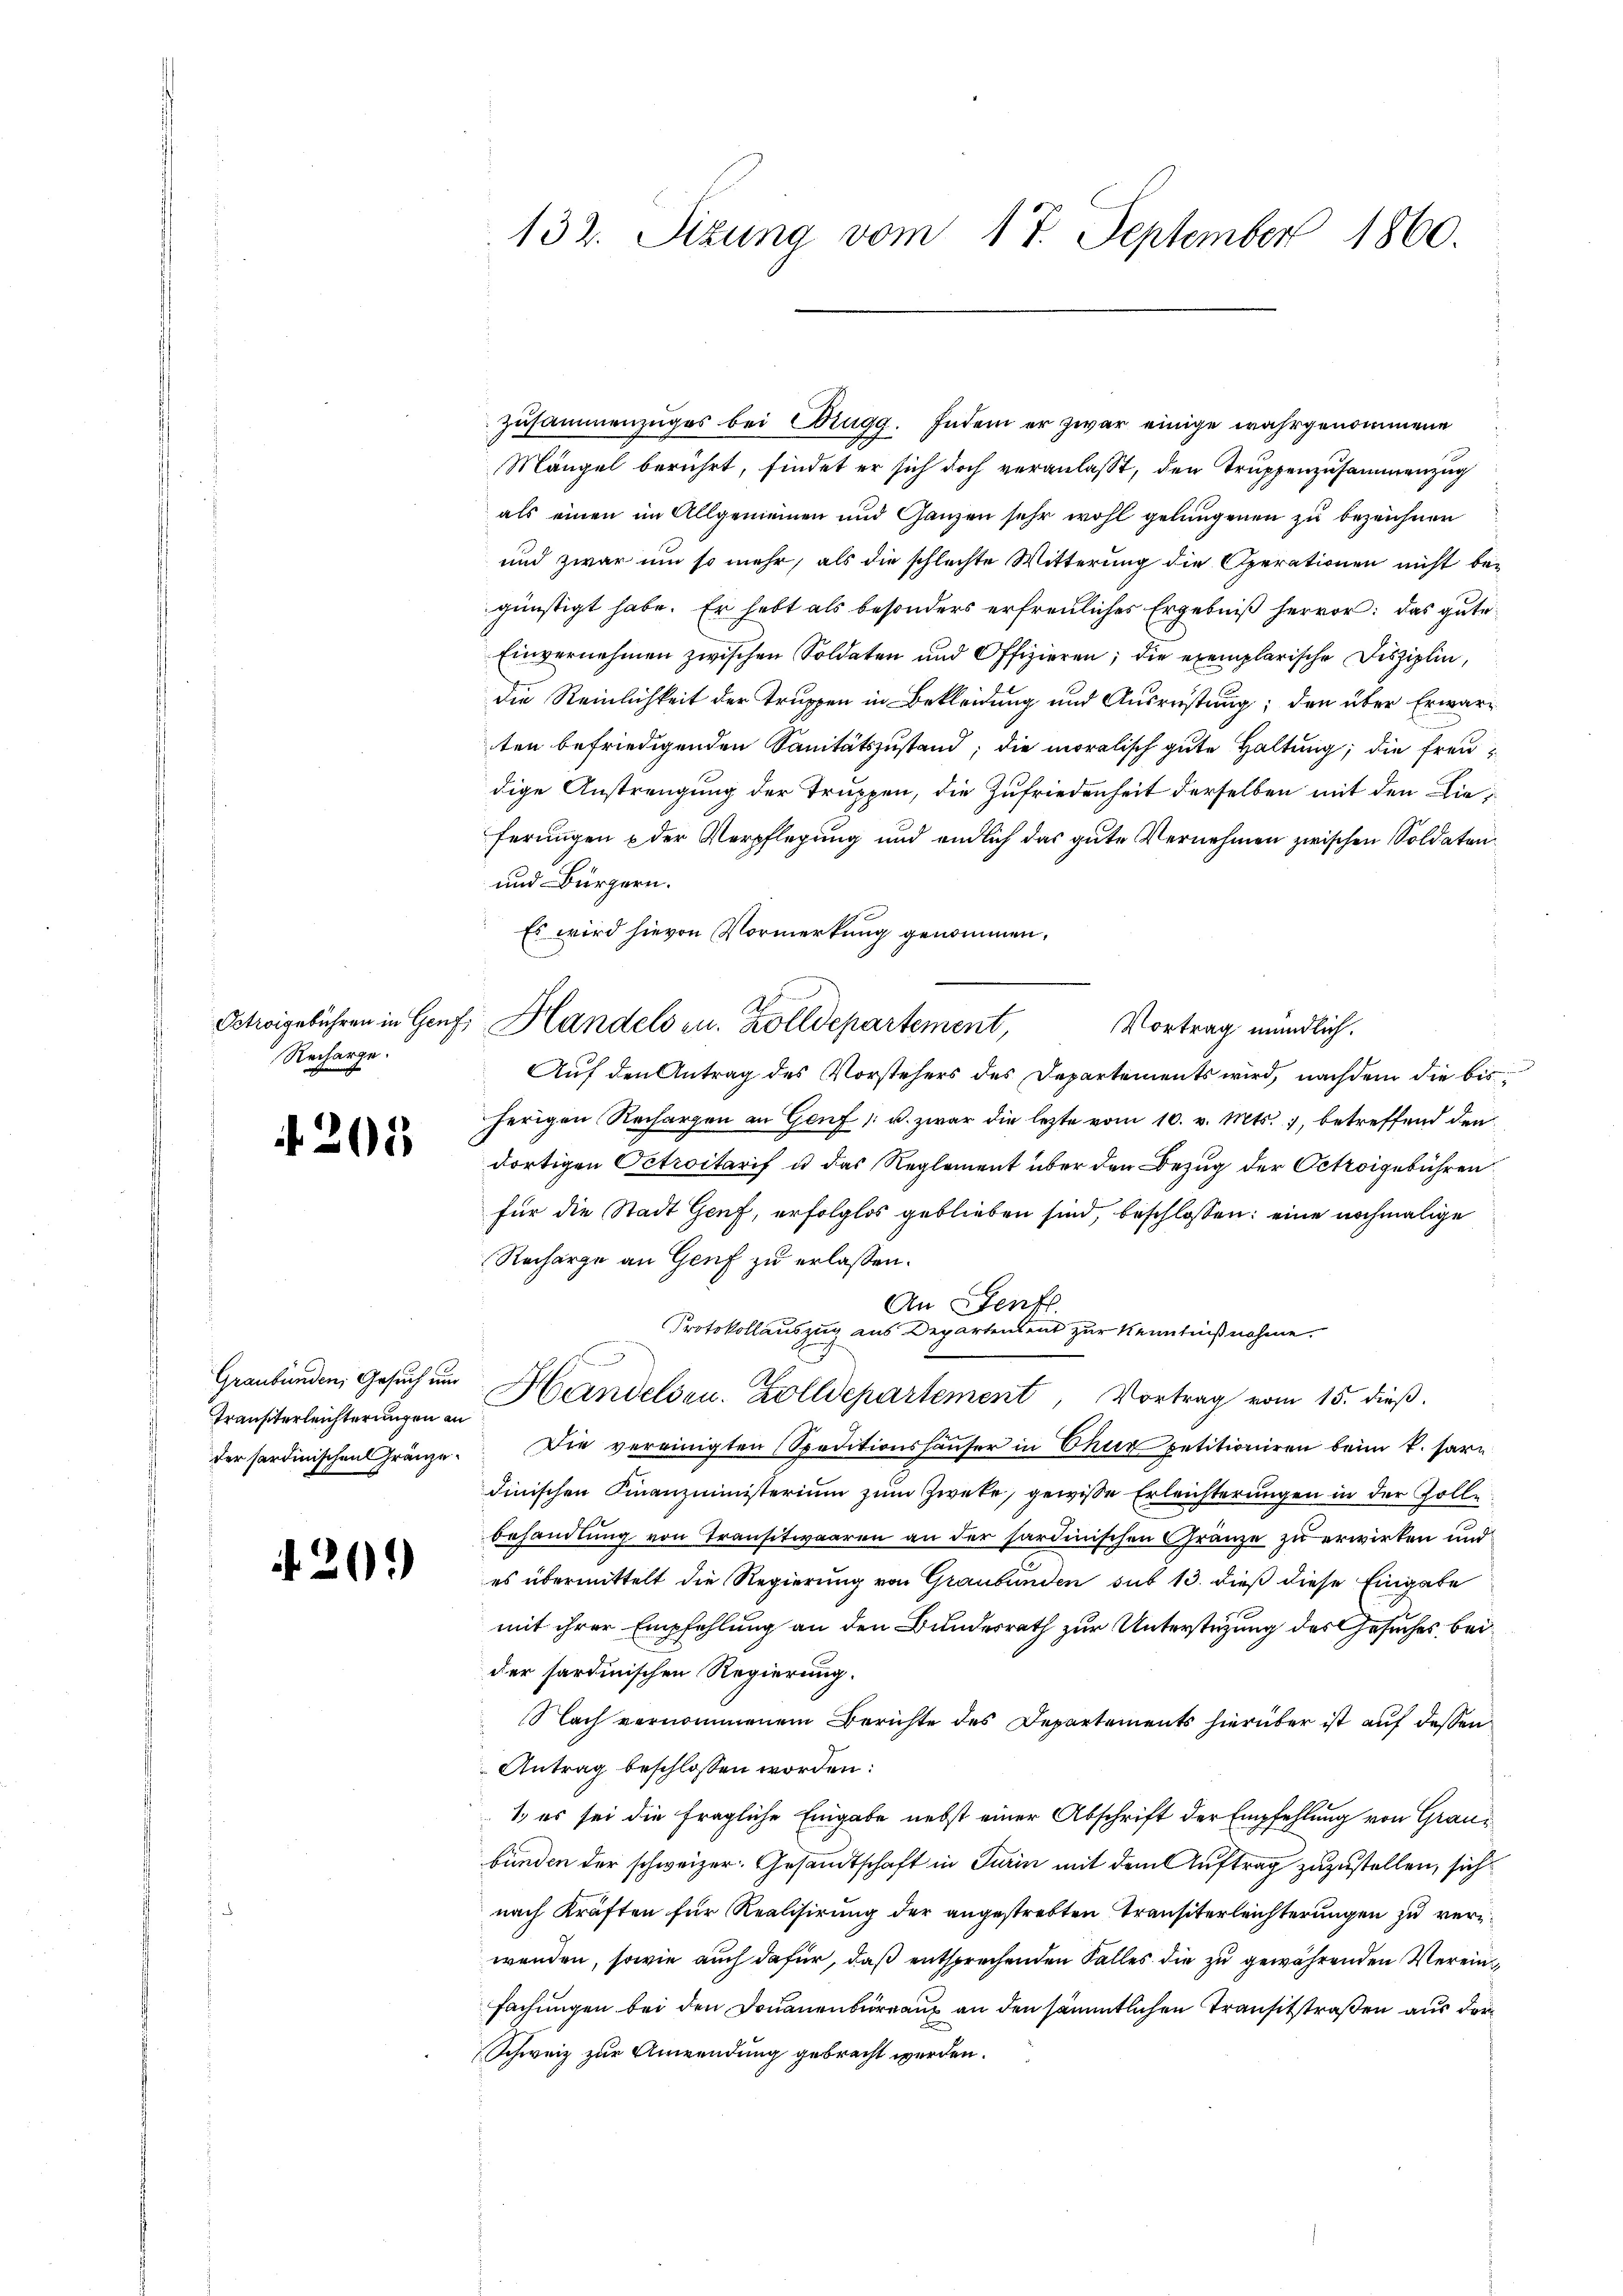
Recharge.

201

Graubünden, Gesuch und
Transterleichterungen an

20.)

Zusammenzuges bei Brugg. Indem er zwar einige wahrgenommene
Mängel berührt, findet er sich doch veranlaßt, den Truppenzusammenzug
als einen im Allgemeinen und Ganzen sehr wohl gelungenen zu bezeichnen
und zwar um so mehr, als die schlechte Witterung die Operationen nicht be-
günstigt habe. Er habt als besonders erfreuliches Ergebniß hervor: das gute
Einvernehmen zwischen Soldaten und Offizieren; die exemplarische Disziplin,
die Reinlichkeit der Truppen in Bekleidung und Ausrüstung; den über Erwarten befriedigenden Sanitätszustand; die moralisch gute Haltung; die Freudige Anstrengung der Truppen, die Zufriedenheit derselben mit den Dieferungen & der Verpflegung und endlich das gute Vernehmen zwischen Soldaten
und Bürgern.
Es wird hievon Vormerkung genommen,
Oetweigebühren in Genf, Handels zu. Zolldepartement, Vortrag mündlich.
Auf den Antrag des Vorstehers des Departements wird, nachdem die bis
herigen Rechargen an Genf u. zwar die lezte vom 10. v. Mts., betreffend den
dortigen Octroitarif u das Reglement über den Bezug der Octroigebühren
für die Stadt Genf, erfolglos geblieben sind, beschlossen: eine nochmalige
Recharge an Genf zu erlassen.
An Genf.
Protokollauszug aus Departendent zur Kenntnißnahme.
Handelsen. Zolldepartement, Vortrag vom 15. dieß.
der sardinischen Gränze. Die vereinigten Speditionshäŭser in Chur petitioniren beim k. sardinischen Finanzministerium zum Zwecke, gewisse Erleichterungen in der Zolle
behandlung von Transitwaaren an der sardinischen Gränze zu erwirken und
es übermittelt die Regierung von Graubünden sub 13. dieß diese Eingabe
mit ihrer Empfehlung an den Bundesrath zur Unterstüzung des Gesuches beider sardinischen Regierung.
Nach vernommenem Berichte des Departements hierüber ist auf dessen
Antrag beschlossen worden:
1., es sei die fragliche Eingabe nebst einer Abschrift der Empfehlung von Graubunden der schweizer. Gesandtschaft in Turin mit dem Auftrag zuzustellen, sich
nach Kräften für Realisirung der angestrebten Transiterleichterungen zu verwenden, sowie auch dafür, daß entsprechenden Falles die zu gewährenden Vereinfachungen bei den Donauenbureaux an den sämmtlichen Transitstraßen aus der
Schweiz zur Anwendung gebracht werden.

132. Sizung vom 17. September 1860.